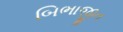
બિભાજીત